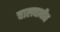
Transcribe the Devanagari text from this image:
चालवावीत